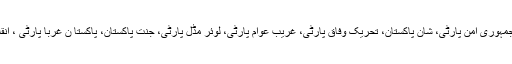
پاکستان مقصد ہمت تحریک، غریب پارٹی، جمہوری امن پارٹی، شان پاکستان، تحریک وفاق پارٹی، غریب عوام پارٹی، لوئر مڈل پارٹی، جنت پاکستان، پاکستا ن غربا پارٹی ، انقلابی خدمت گار تحریک اور موو آن پاکستان۔